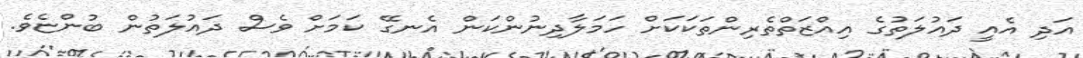
އަދި އެއީ ދައުލަތުގެ އިއްޒަތްތެރިންތަކަކަށް ހަމަލާދިނުންކަން އެނގޭ ކަމަށް ވެސް ދައުލަތުން ބުންޏެވެ.